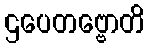
ဌပေတဗ္ဗောတိ